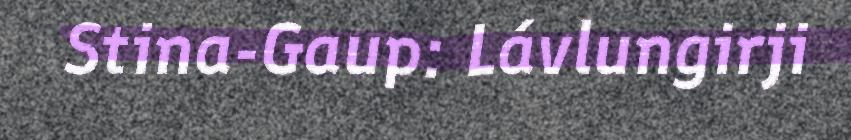
Stina-Gaup: Lávlungirji